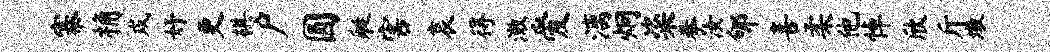
寨桷戍妤更棋户圆艇害哀得澈爱漓炯粢拳汝郇喜柔他悼欣斤墩